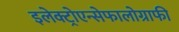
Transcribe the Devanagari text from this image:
इलेक्ट्रोएन्सेफालोग्राफी